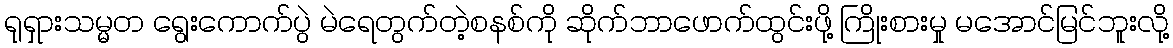
ရုရှားသမ္မတ ရွေးကောက်ပွဲ မဲရေတွက်တဲ့စနစ်ကို ဆိုက်ဘာဖောက်ထွင်းဖို့ ကြိုးစားမှု မအောင်မြင်ဘူးလို့